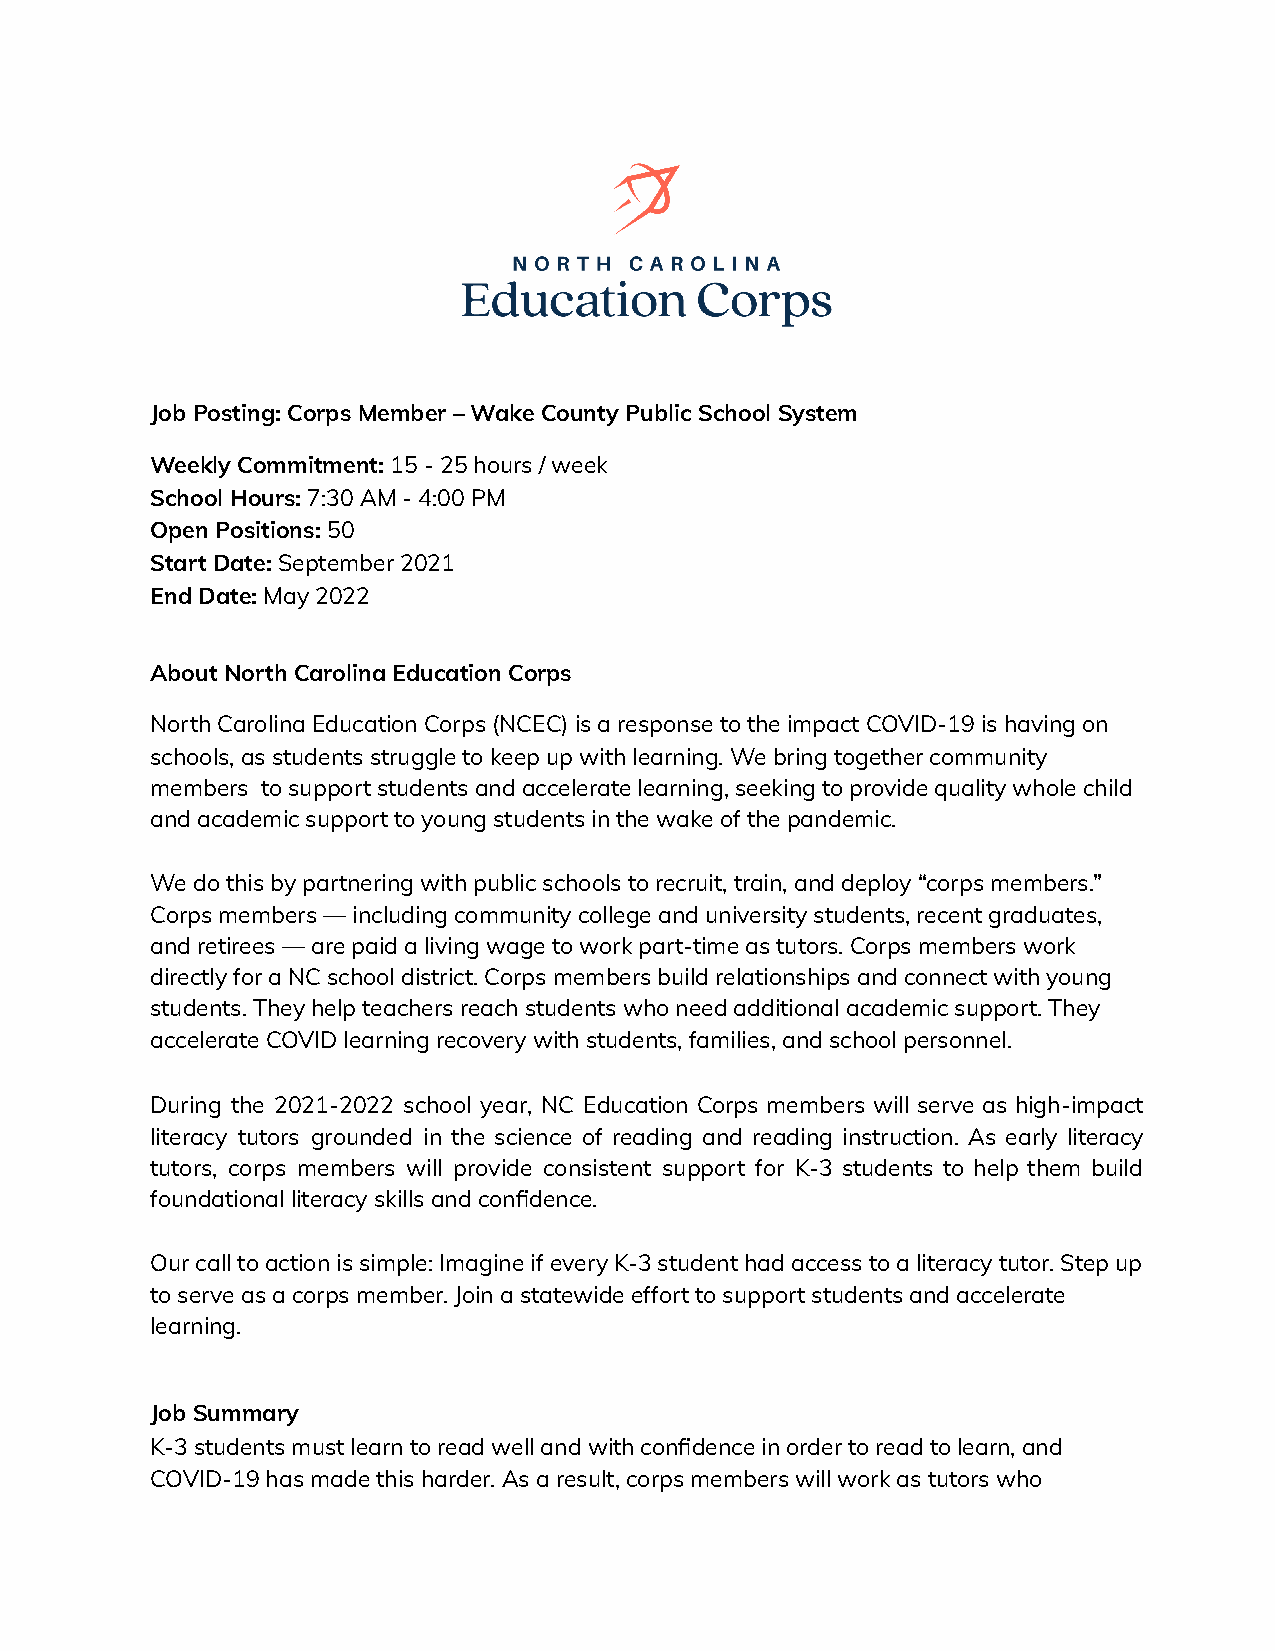
Job Posting: Corps Member – Wake County Public School System
 Weekly Commitment: 15 - 25 hours / week
 School Hours: 7:30 AM - 4:00 PM
 Open Positions: 50
 Start Date: September 2021
 End Date: May 2022
 About North Carolina Education Corps
 North Carolina Education Corps (NCEC) is a response to the impact COVID-19 is having on
 schools, as students struggle to keep up with learning. We bring together community
 members to support students and accelerate learning, seeking to provide quality whole child
 and academic support to young students in the wake of the pandemic.
 We do this by partnering with public schools to recruit, train, and deploy “corps members.”
 Corps members — including community college and university students, recent graduates,
 and retirees — are paid a living wage to work part-time as tutors. Corps members work
 directly for a NC school district. Corps members build relationships and connect with young
 students. They help teachers reach students who need additional academic support. They
 accelerate COVID learning recovery with students, families, and school personnel.
 During the 2021-2022 school year, NC Education Corps members will serve as high-impact
 literacy tutors grounded in the science of reading and reading instruction. As early literacy
 tutors, corps members will provide consistent support for K-3 students to help them build
 foundational literacy skills and confidence.
 Our call to action is simple: Imagine if every K-3 student had access to a literacy tutor. Step up
 to serve as a corps member. Join a statewide effort to support students and accelerate
 learning.
 Job Summary
 K-3 students must learn to read well and with confidence in order to read to learn, and
 COVID-19 has made this harder. As a result, corps members will work as tutors who